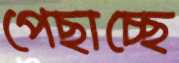
পেছাচ্ছে